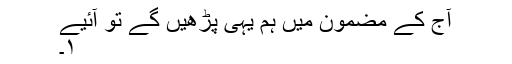
آج کے مضمون میں ہم یہی پڑھیں گے تو آئیے
۱۔